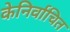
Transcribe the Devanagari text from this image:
केनिर्वाचित